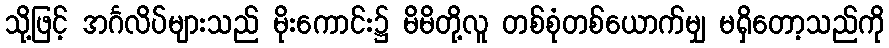
သို့ဖြင့် အင်္ဂလိပ်များသည် မိုးကောင်း၌ မိမိတို့လူ တစ်စုံတစ်ယောက်မျှ မရှိတော့သည်ကို